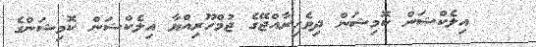
އިލެކްޝަން ކޮމިޝަން ދިވެހިރާއްޖޭގެ ޖުމްހޫރިއްޔާ އިލެކްޝަން ކޮމިޝަންގެ